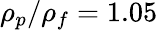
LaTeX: \rho_{p}/\rho_{f}=1.05